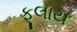
ફૂલાય